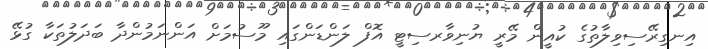
އިނގިރޭސިވިލާތުގެ ކުއީން މޭރީ ޔުނިވާރސިޓީ އޮފް ލަންޑަންގައި މޫސުމަށް އަންނަމުންދާ ބަދަލުތަކާ ގުޅޭ